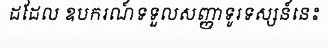
ដដែល ឧបករណ៍ទទួលសញ្ញាទូរទស្សន៍នេះ